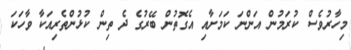
މިހާރުވެސް ކުރަމުން އަންނަ ކަމަށާއި އެގޮތުން ބޭރުގެ ދެ ތިން ކުޅުންތެރިއަކާ ވާހަކަ